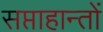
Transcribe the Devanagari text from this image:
सप्ताहान्तों